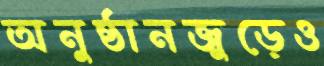
অনুষ্ঠানজুড়েও